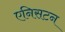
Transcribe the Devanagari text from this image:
एनिसटन